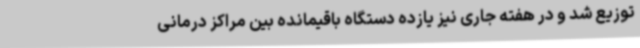
توزیع شد و در هفته جاری نیز یازده دستگاه باقیمانده بین مراکز درمانی